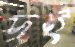
দই